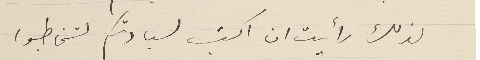
لذلك رأيت ان اكتب لسيادتكم لتخاطبوا